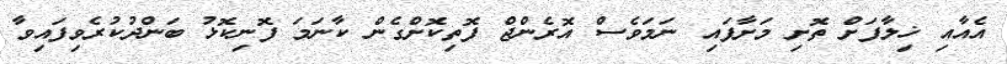
އެއާއި ޚިލާފަށް ތޮށި މަށާފައި ނަމަވެސް އޮރެންޖް ފޮތިކޮށްގެން ކާނަމަ ފޮނިކޮޅު ބަންދުކުރެވިފައިވާ